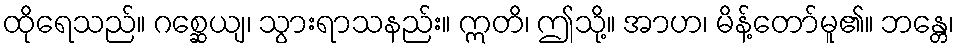
ထိုရေသည်။ ဂစ္ဆေယျ၊ သွားရာသနည်း။ ဣတိ၊ ဤသို့။ အာဟ၊ မိန့်တော်မူ၏။ ဘန္တေ၊